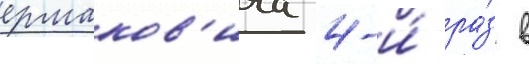
ермаков'ича 4-и́ ра́з в